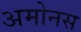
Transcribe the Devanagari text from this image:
अमोनस